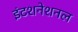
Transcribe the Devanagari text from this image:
इंटशनेशनल